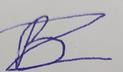
Signature authenticity: forged